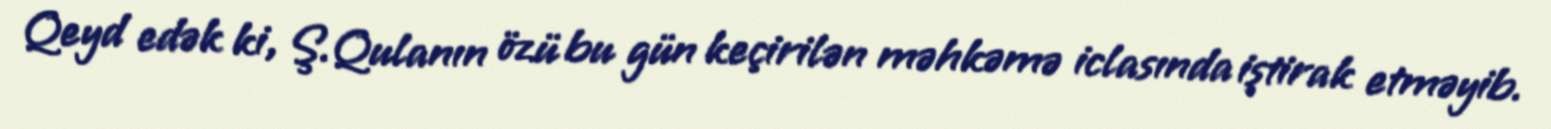
Qeyd edək ki, Ş.Qulanın özü bu gün keçirilən məhkəmə iclasında iştirak etməyib.